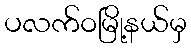
ပလက်ဝမြို့နယ်မှ